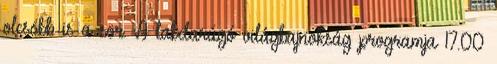
olcsóbb is a sör. A labdarúgó világbajnokság programja 17.00